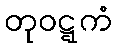
တုဝဋ္ဋကံ